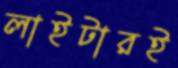
লাইটারই